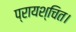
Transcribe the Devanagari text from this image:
प्रायश्चित।